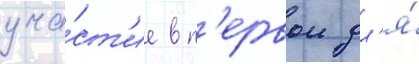
уча́ст'ие в п'ервои дл'я́